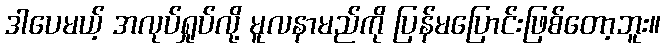
ဒါပေမယ့် အလုပ်ရှုပ်လို့ မူလနာမည်ကို ပြန်မပြောင်းဖြစ်တော့ဘူး။